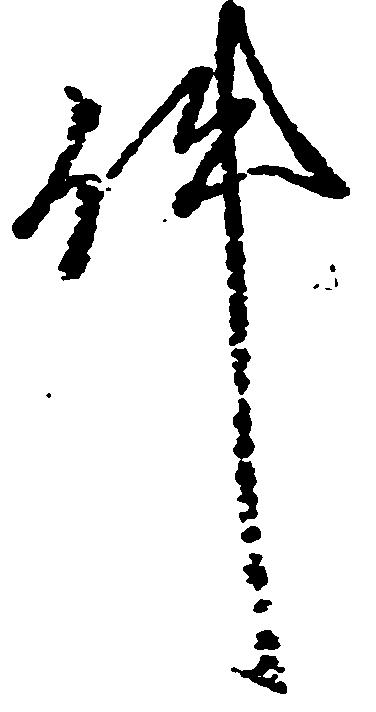
件